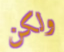
ولكن